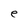
Character: e